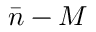
\bar { n } - M